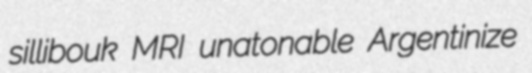
sillibouk MRI unatonable Argentinize